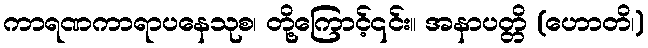
ကာရဏကာရာပနေသုစ၊ တို့ကြောင့်၎င်း။ အနာပတ္တိ (ဟောတိ၊)